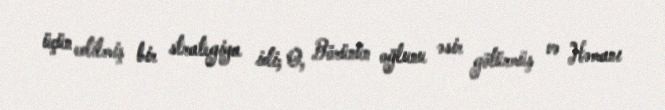
üçün edilmiş bir strategiya idi; O, Börünün oğlunu əsir götürmüş və Həmanı